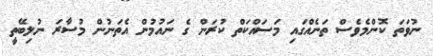
ނުވަތަ ކޮންމެވެސް ތަނެއްގައި މަސައްކަތް ކުރަން ގެ ނައުމުން އެތަނުން މުސާރަ ނުލިބޭތީ